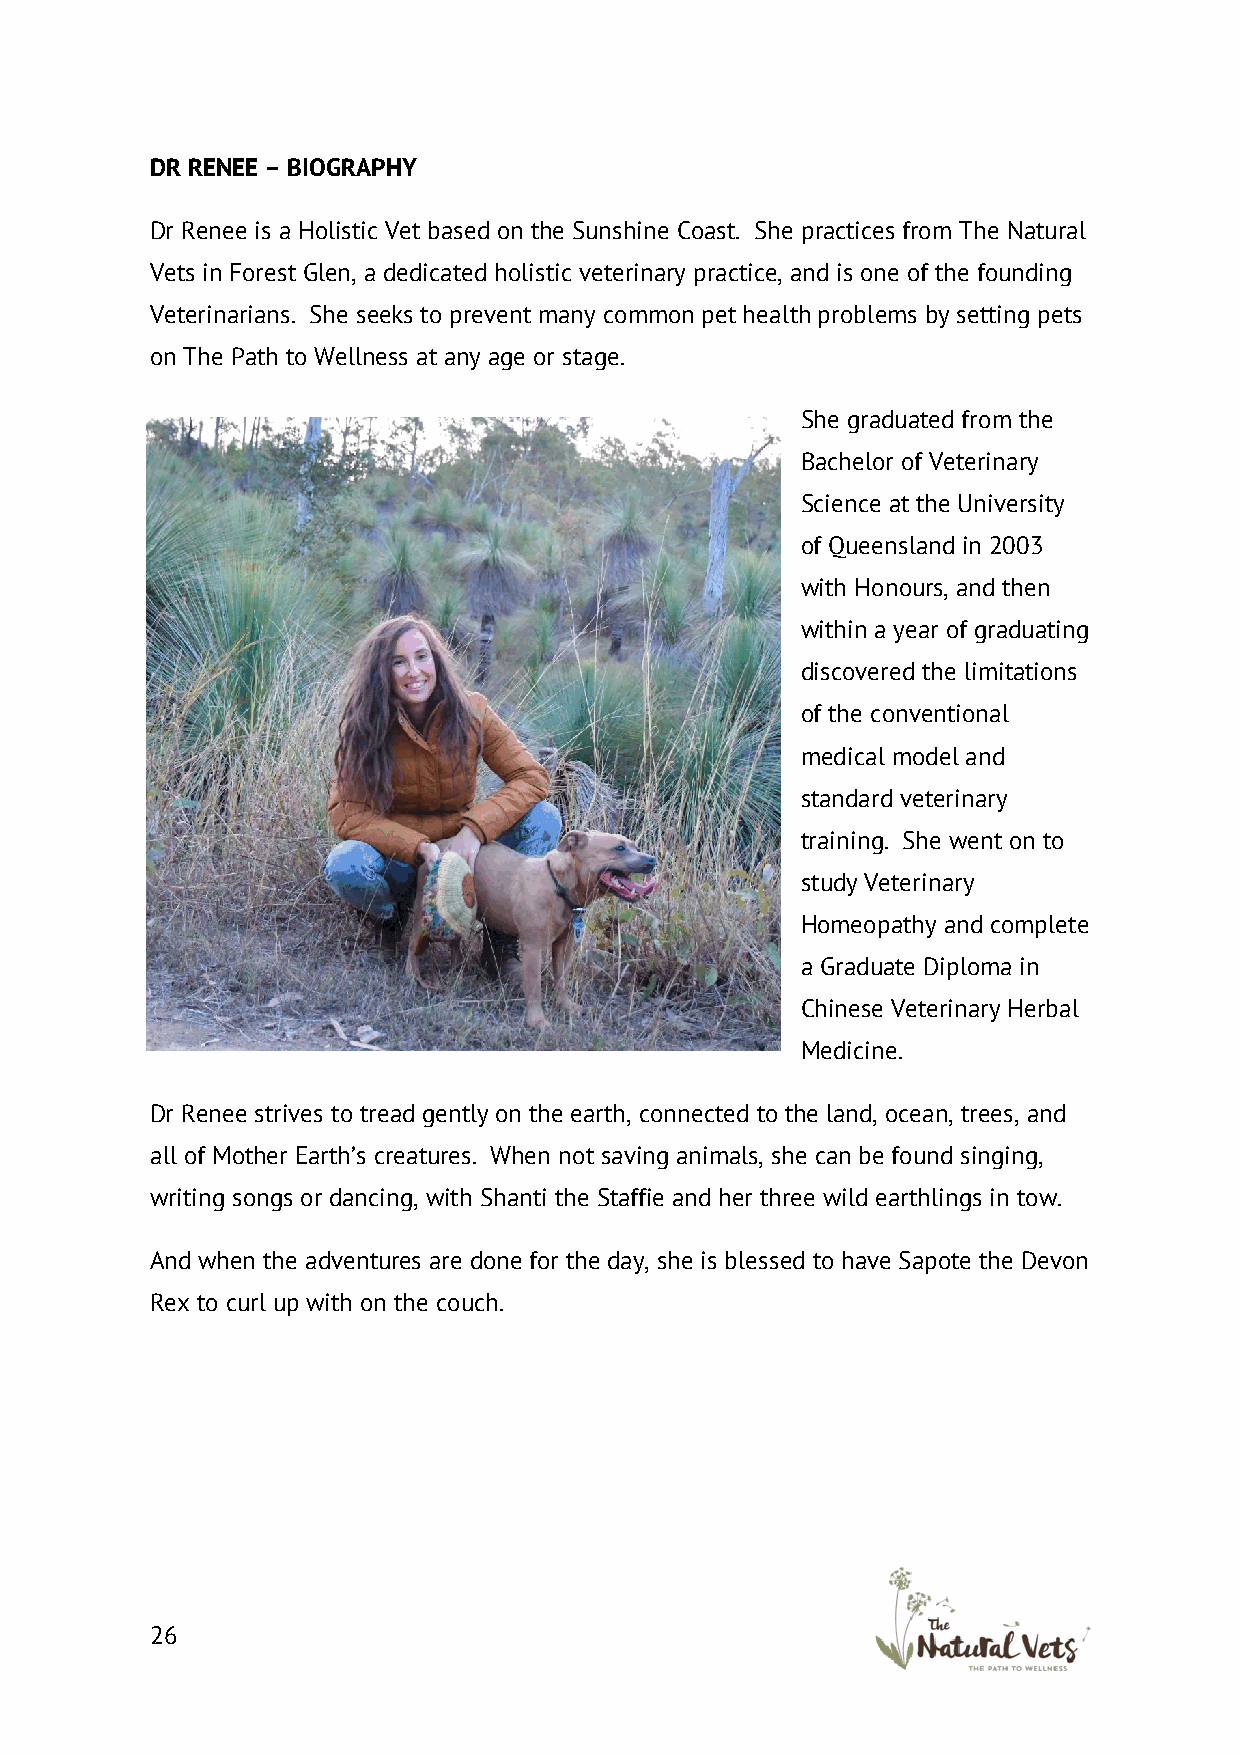
DR RENEE – BIOGRAPHY
 Dr Renee is a Holistic Vet based on the Sunshine Coast. She practices from The Natural
 Vets in Forest Glen, a dedicated holistic veterinary practice, and is one of the founding
 Veterinarians. She seeks to prevent many common pet health problems by setting pets
 on The Path to Wellness at any age or stage.
 She graduated from the
 Bachelor of Veterinary
 Science at the University
 of Queensland in 2003
 with Honours, and then
 within a year of graduating
 discovered the limitations
 of the conventional
 medical model and
 standard veterinary
 training. She went on to
 study Veterinary
 Homeopathy and complete
 a Graduate Diploma in
 Chinese Veterinary Herbal
 Medicine.
 Dr Renee strives to tread gently on the earth, connected to the land, ocean, trees, and
 all of Mother Earth’s creatures. When not saving animals, she can be found singing,
 writing songs or dancing, with Shanti the Staffie and her three wild earthlings in tow.
 And when the adventures are done for the day, she is blessed to have Sapote the Devon
 Rex to curl up with on the couch.
 26